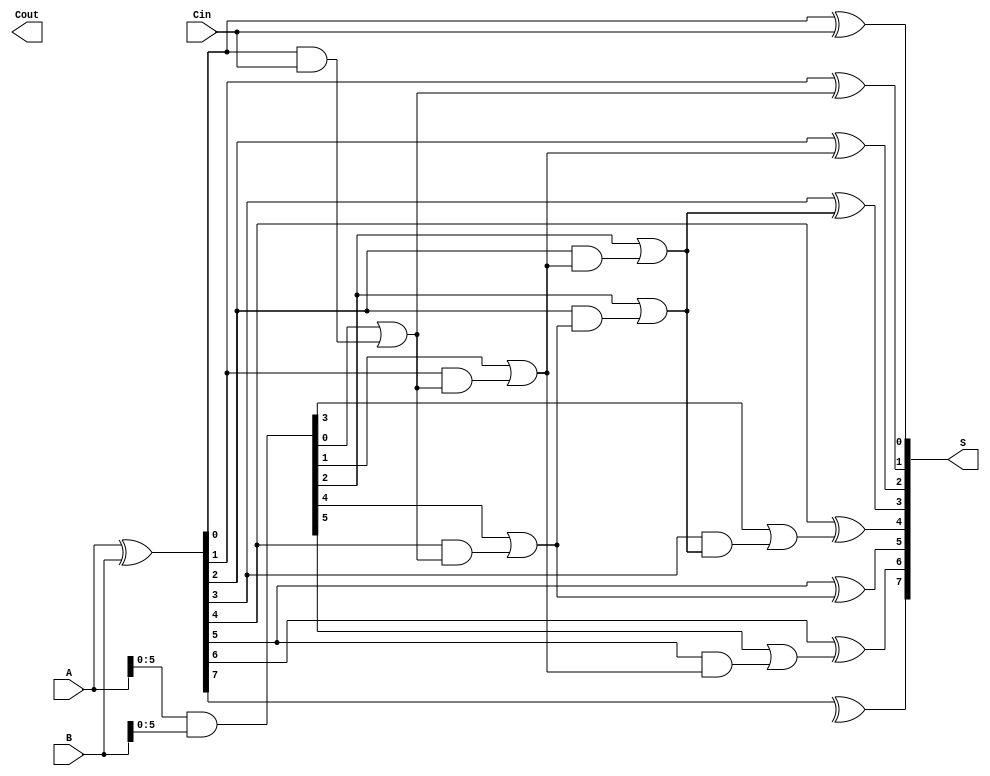
module Sklansky_Adder #(parameter N = 8) (
    input  wire [N-1:0] A,      // First n-bit input
    input  wire [N-1:0] B,      // Second n-bit input
    input  wire Cin,             // Input carry
    output wire [N-1:0] S,       // n-bit sum output
    output wire Cout             // Carry output
);

    // Generate and Propagate signals
    wire [N-1:0] G; // Generate signals
    wire [N-1:0] P; // Propagate signals
    wire [N:0] C;   // Carry signals

    // Generate and Propagate calculations
    assign G = A & B;         // Generate
    assign P = A ^ B;         // Propagate
    assign C[0] = Cin;        // Initial carry

    // Level 1: Calculate carries
    genvar i;
    generate
        for (i = 0; i < N/2; i = i + 1) begin : level1
            assign C[i + 1] = G[i] | (P[i] & C[i]);
        end
    endgenerate

    // Level 2: Calculate carries
    generate
        for (i = 0; i < N/4; i = i + 1) begin : level2
            assign C[i + 1 + N/2] = G[i + N/2] | (P[i + N/2] & C[i + 1]);
        end
    endgenerate

    // Level 3: Calculate carries
    generate
        for (i = 0; i < N/8; i = i + 1) begin : level3
            assign C[i + 1 + N/4] = G[i + N/4] | (P[i + N/4] & C[i + 1 + N/2]);
        end
    endgenerate

    // Final carry output
    assign Cout = C[N];

    // Sum calculation
    generate
        for (i = 0; i < N; i = i + 1) begin : sum_calculation
            assign S[i] = P[i] ^ C[i];
        end
    endgenerate

endmodule